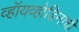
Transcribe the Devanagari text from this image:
व्हॉयव्होडिनाची